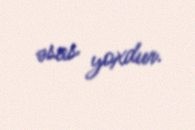
əsas yoxdur.